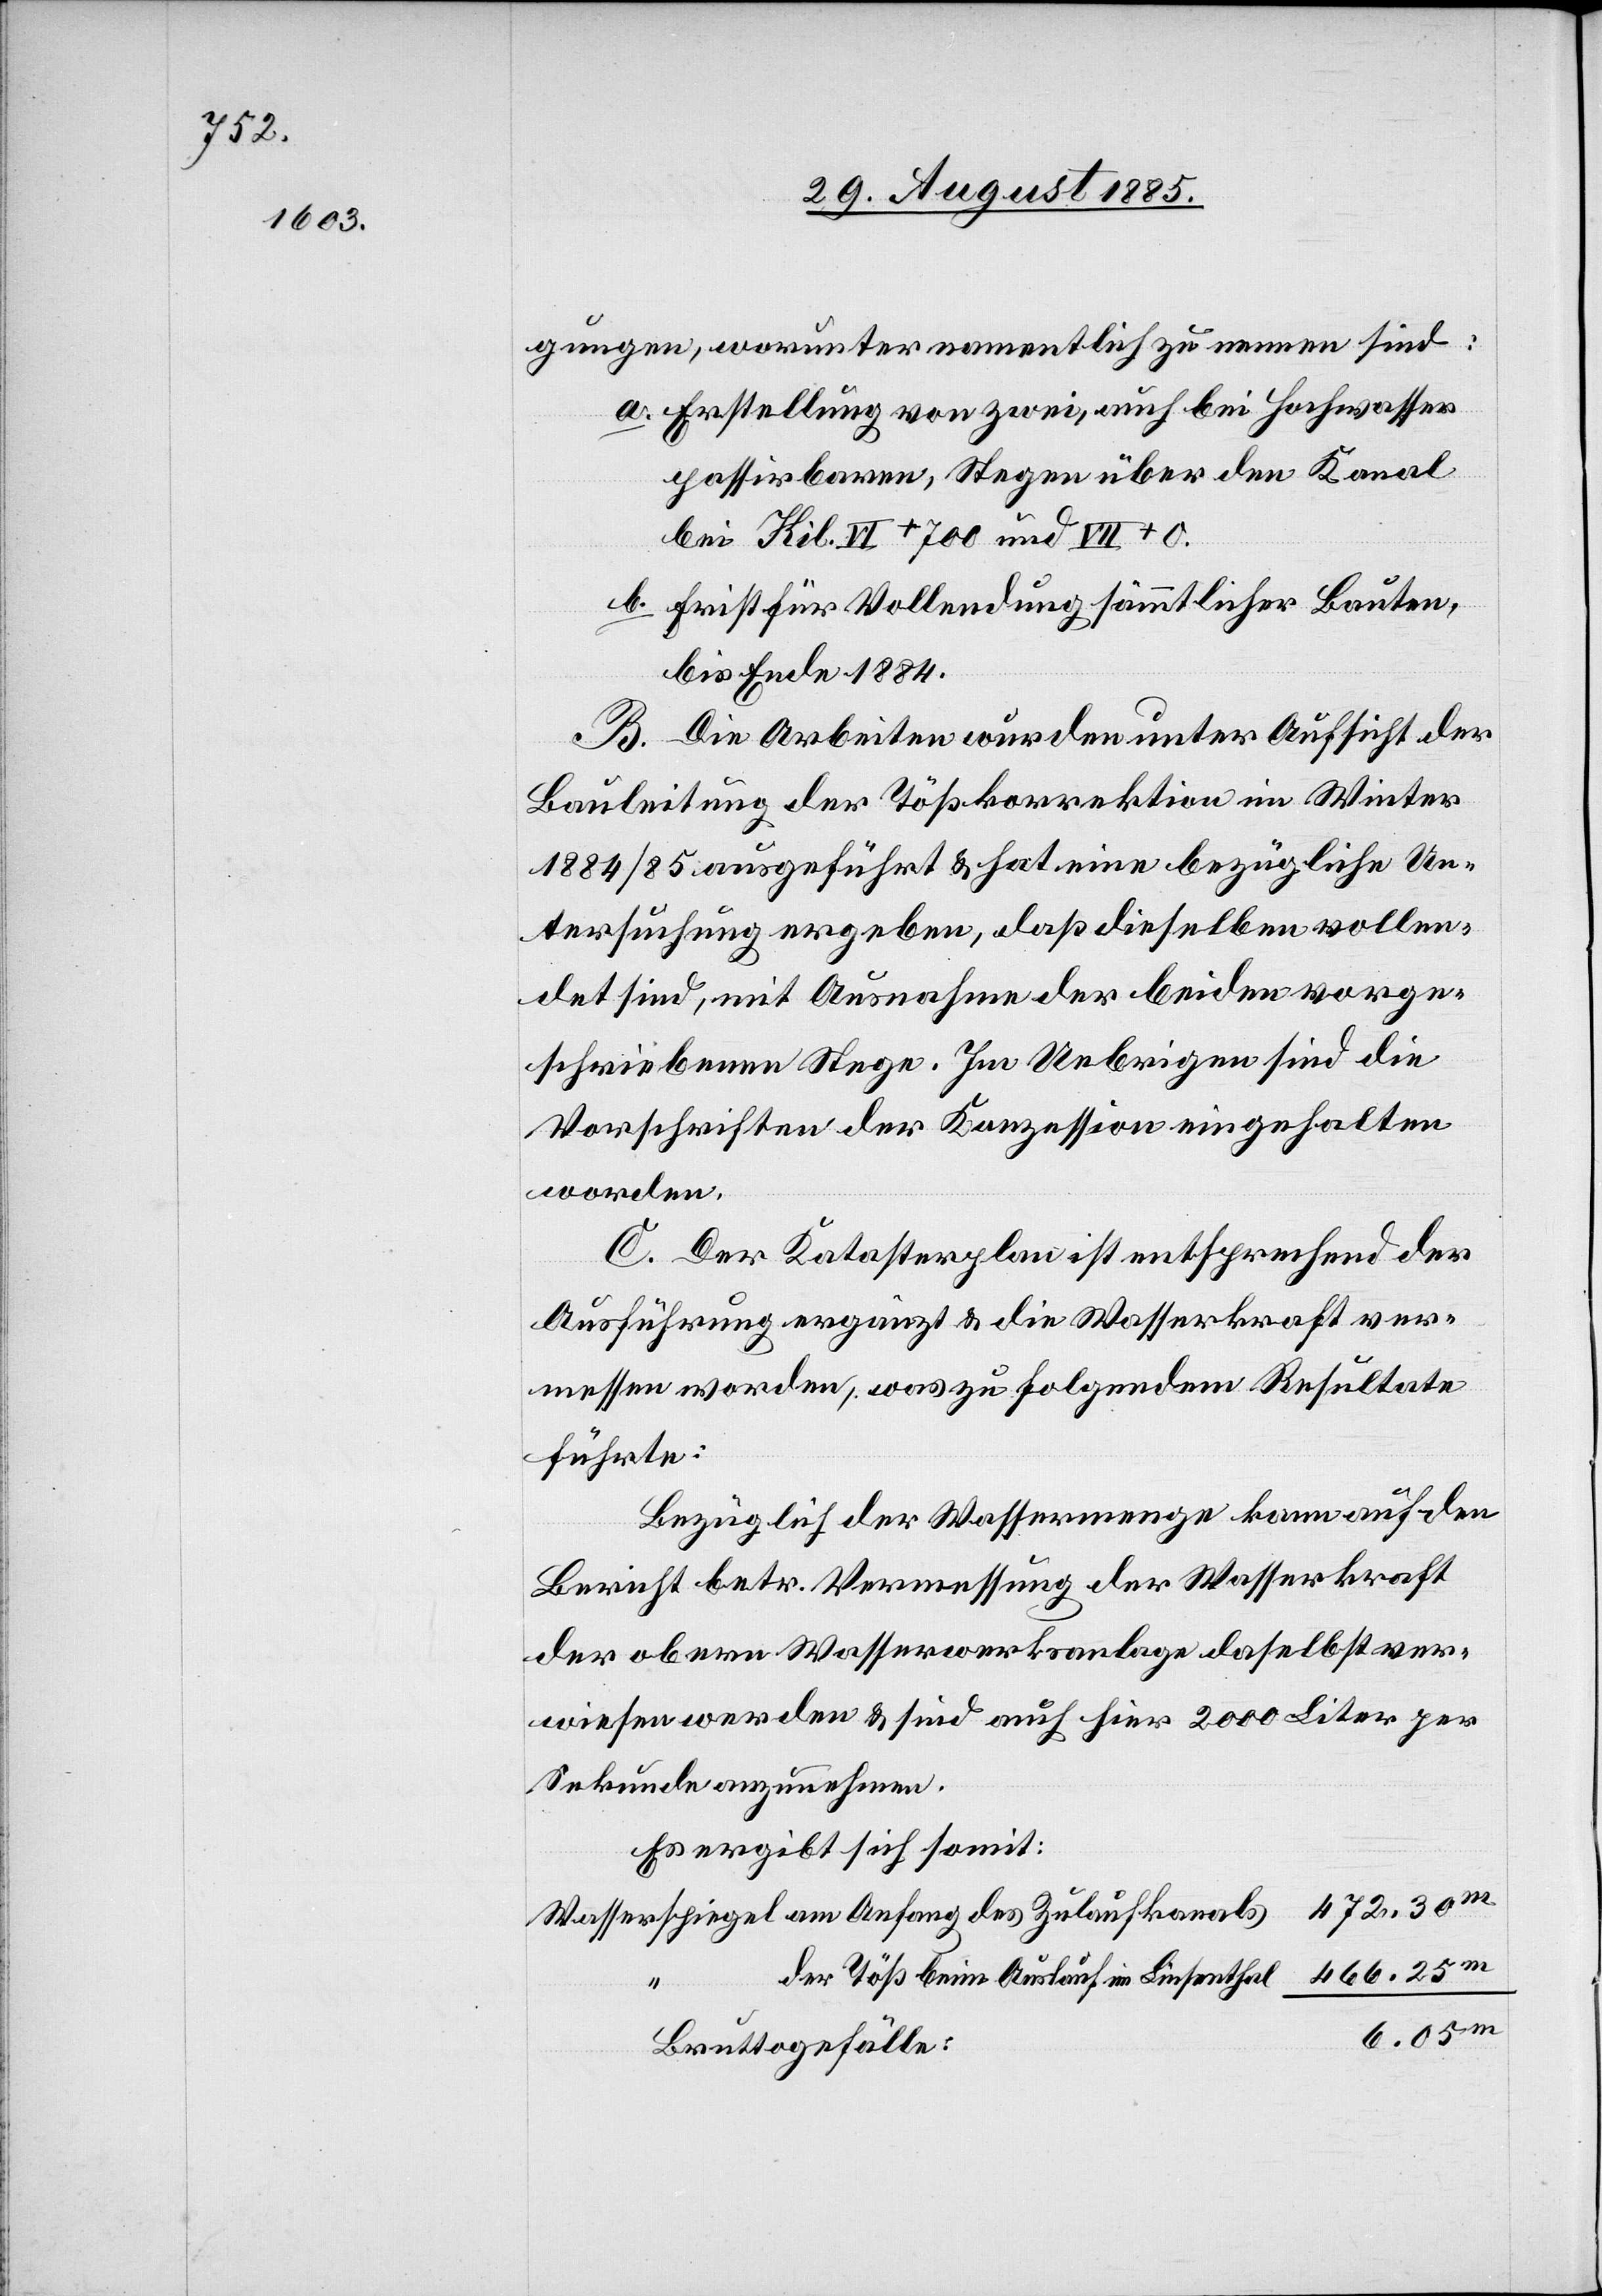
gungen, worunter namentlich zu nennen sind:
a. Erstellung von zwei, auch bei Hochwasser
passirbaren, Stegen über den Kanal
bei Kil. VI + 700 und VII + 0.
b. Frist für Vollendung sämmtlicher Bauten,
bis Ende 1884.
B. Die Arbeiten wurden unter Aufsicht der
Bauleitung der Tößkorrektion im Winter
1884/85 ausgeführt & hat eine bezügliche Un¬
tersuchung ergeben, daß dieselben vollen¬
det sind, mit Ausnahme der beiden vorge¬
schriebenen Stege. Im Uebrigen sind die
Vorschriften der Konzession eingehalten
worden.
C. Der Katasterplan ist entsprechend der
Ausführung ergänzt & die Wasserkraft ver¬
messen worden, was zu folgendem Resultate
führte:
Bezüglich der Wassermenge kann auf den
Bericht betr. Vermessung der Wasserkraft
der obern Wasserwerksanlage daselbst ver¬
wiesen werden & sind auch hier 2000 Liter per
Sekunde anzunehmen.
Es ergibt sich somit:
der Töß beim Auslauf im Linsenthal
6.05m
Bruttogefälle: